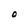
Character: O